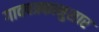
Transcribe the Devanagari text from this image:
गावपत्रकानुसार